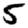
Digit: 5